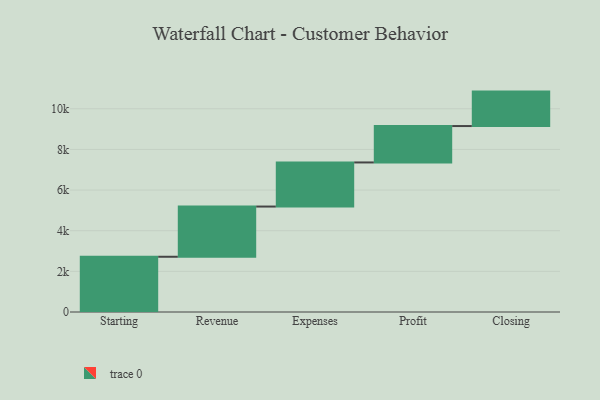
{"axis": {"x": "Step", "y": "Value"}, "legend": [""], "data": [{"x": "Starting", "y": 2718.0, "type": ""}, {"x": "Revenue", "y": 2471.0, "type": ""}, {"x": "Expenses", "y": 2170.0, "type": ""}, {"x": "Profit", "y": 1791.0, "type": ""}, {"x": "Closing", "y": 1695.0, "type": ""}]}